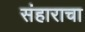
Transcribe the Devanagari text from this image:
संहाराचा